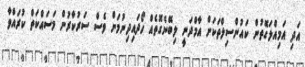
އަދި އަމިއްލަގޮތުން ކައުންސިލްތަކަށް އާމްދަނީ ލިބޭނެގޮތެއް ހޯދައިދިނުމަށް ވެސް ސަރުކާރުން މަސައްކަތް ކުރައްވާ